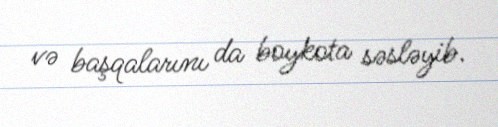
və başqalarını da boykota səsləyib.